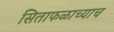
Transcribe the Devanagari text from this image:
सिताफळाच्याच